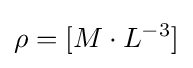
\rho =[M\cdot L^{-3}]